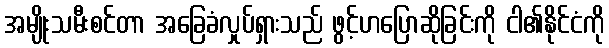
အမျိုးသမီးစင်တာ အခြေခံလှုပ်ရှားသည် ဖွင့်ဟပြောဆိုခြင်းကို ငါ၏နိုင်ငံကို